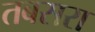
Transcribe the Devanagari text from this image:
तबसरा